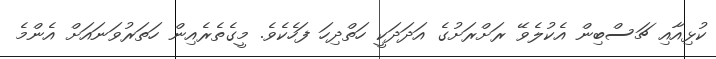
ކުޅިއާއި ޗަސްބިން އެކުލެވޭ ރަށްރަށުގެ އަދަދަކީ ހަތްދިހަ ފަހެކެވެ. މީގެތެރެއިން ހަތަރުވަނައަށް އެންމެ